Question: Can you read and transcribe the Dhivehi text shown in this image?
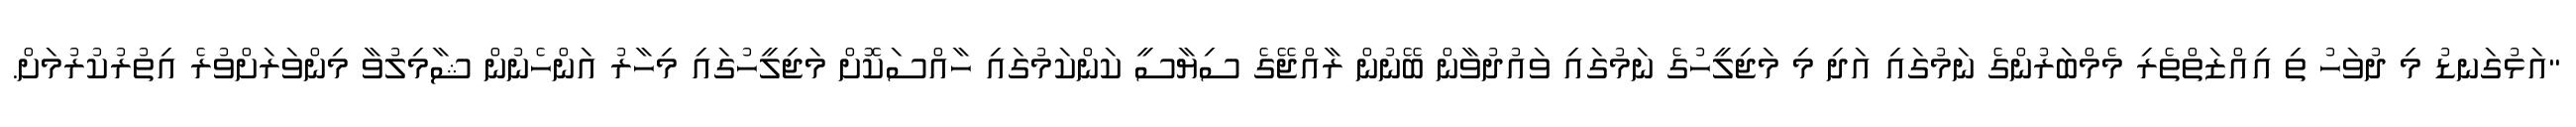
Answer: "އަޅުގަނޑު މި ދުވަހު ތި އިއްޒަތްތެރި މެމްބަރުންގެ ނަމުގައި އަދި މި މަޖިލީހުގެ ނަމުގައި ވައުދުވާން ބޭނުން ރާއްޖޭގެ ސިޔާސީ ކަންކަމުގައި ހާއްސަކޮށް މަޖިލީހުގައި މިހާރު އަންހެނުން ޝާމިލުވާ މިންވަރަށްވުރެ އިތުރުކުރުމަށް.